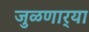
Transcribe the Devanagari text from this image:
जुळणार्‍या